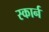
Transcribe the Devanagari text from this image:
स्कार्न